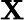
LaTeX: {\tt\mathbf{X}}